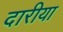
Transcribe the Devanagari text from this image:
दारीया